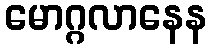
မောဂ္ဂလာနေန